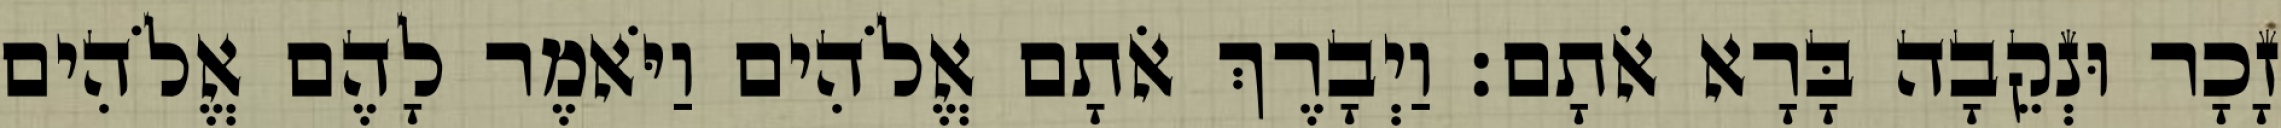
זָכָר וּנְקֵבָה בָּרָא אֹתָם׃ וַיְבָרֶךְ אֹתָם אֱלֹהִים וַיֹּאמֶר לָהֶם אֱלֹהִים